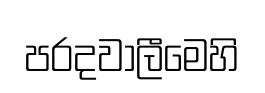
පරදවාලීමෙහි